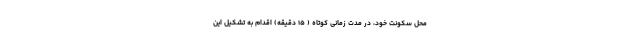
محل سکونت خود، در مدت زمانی کوتاه ( ۱۵ دقیقه) اقدام به تشکیل این